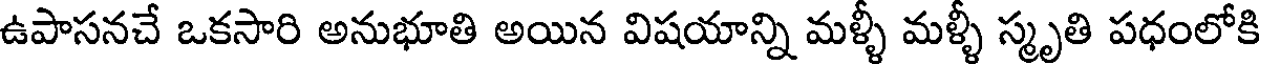
ఉపాసనచే ఒకసారి అనుభూతి అయిన విషయాన్ని మళ్ళీ మళ్ళీ స్మృతి పధంలోకి